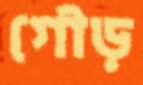
গৌড়